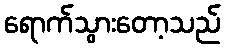
ရောက်သွားတော့သည်